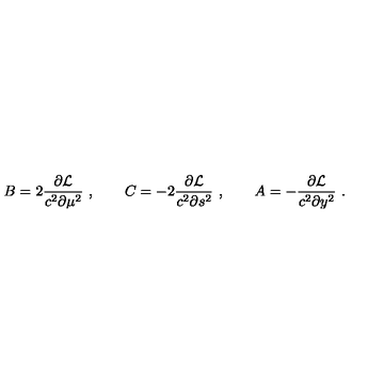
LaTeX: B = 2 { \frac { \partial { \cal L } } { c ^ { 2 } \partial \mu ^ { 2 } } } \ , \qquad C = - 2 { \frac { \partial { \cal L } } { c ^ { 2 } \partial s ^ { 2 } } } \ , \qquad A = - { \frac { \partial { \cal L } } { c ^ { 2 } \partial y ^ { 2 } } } \ .